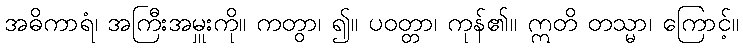
အဓိကာရံ၊ အကြီးအမှူးကို။ ကတွာ၊ ၍။ ပဝတ္တာ၊ ကုန်၏။ ဣတိ တသ္မာ၊ ကြောင့်။